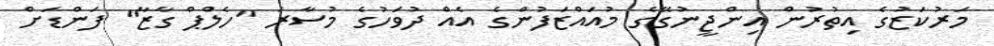
މަރުކަޒުގެ އިތުރުން އިންޖީނުގޭގެ މުއައްޒަފުންގެ އެއް ދުވަހުގެ މުސާރަ "ހެލްޕް ގާޒާ" ފަންޑަށް